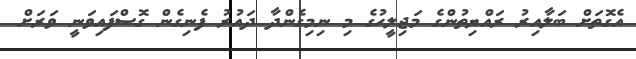
އެގޮތަށް ބަލާއިރު ރައްޔިތުންގެ މަޖިލީހުގެ މި ނިމިގެންދާ ދައުރު ފެނިގެން ގޮސްފައިވަނީ ވަރަށް